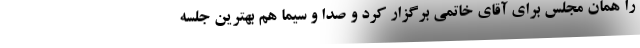
را همان مجلس برای آقای خاتمی برگزار کرد و صدا و سیما هم بهترین جلسه